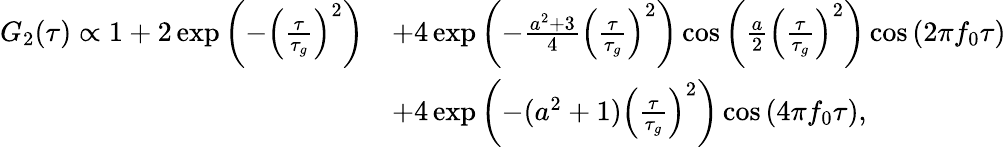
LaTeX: \begin{array}{rl}{G_{2}(\tau)\propto 1+2\exp{\left(-\left(\frac{\tau}{\tau_{g}}\right)^{2}\right)}}&{+4\exp{\left(-\frac{a^{2}+3}{4}\left(\frac{\tau}{\tau_{g}}\right)^{2}\right)}\cos{\left(\frac{a}{2}\left(\frac{\tau}{\tau_{g}}\right)^{2}\right)}\cos{(2\pi f_{0}\tau)}}\\ &{+4\exp{\left(-(a^{2}+1)\left(\frac{\tau}{\tau_{g}}\right)^{2}\right)}\cos{(4\pi f_{0}\tau)},}\end{array}